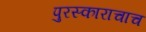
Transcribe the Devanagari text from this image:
पुरस्काराचाच